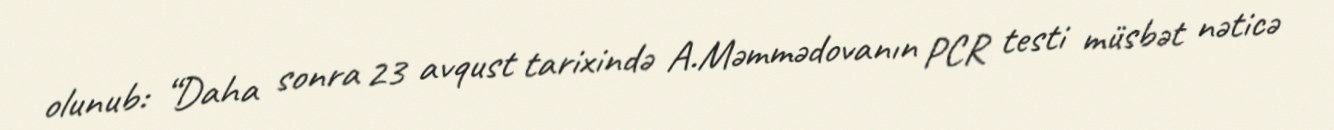
olunub: “Daha sonra 23 avqust tarixində A.Məmmədovanın PCR testi müsbət nəticə